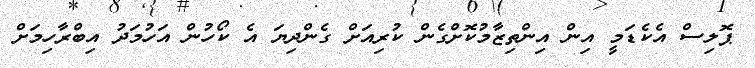
ޕޮލިސް އެކެޑަމީ އިން އިންތިޒާމުކޮށްގެން ކުރިއަށް ގެންދިޔަ އެ ކޯހުން އަހުމަދު އިބްރާހިމަށް